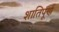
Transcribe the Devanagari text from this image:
शातिपूर्ण